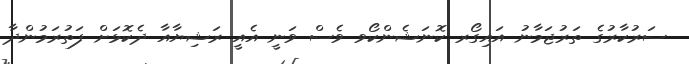
ސަރުކާރުގެ ތަރުޖަމާނު އައިގޯރ ކޮނަޝެންކޯވ ވެސް ވަނީ އެއީ ރަޝިޔާއާ ދެކޮޅަށް ފަތުރަމުންދާ